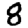
Digit: 8